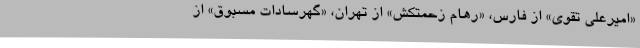
«امیرعلی تقوی» از فارس، «رهام زحمتکش» از تهران، «گهرسادات مسبوق» از